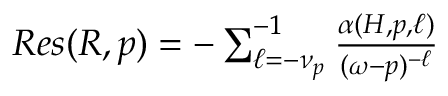
\begin{array} { r } { R e s ( R , p ) = - \sum _ { \ell = - \nu _ { p } } ^ { - 1 } \frac { \alpha ( H , p , \ell ) } { ( \omega - p ) ^ { - \ell } } } \end{array}